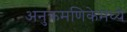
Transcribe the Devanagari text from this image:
अनुक्रमणिकेमध्ये